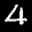
Label: 4